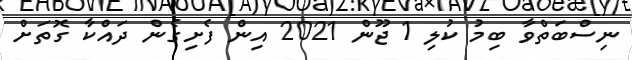
ނިސްބަތްވާ ބިމު ކުލި 1 ޖޫން 2021 އިން ފެށިގެން ދައްކާ ގޮތަށް